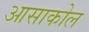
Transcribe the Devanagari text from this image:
आसाकोल